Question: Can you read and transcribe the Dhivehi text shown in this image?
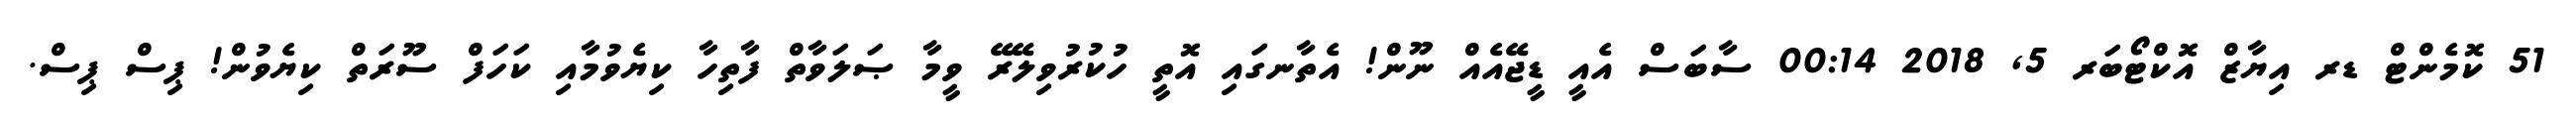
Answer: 51 ކޮމެންޓް ޑރ އިޔާޒް އޮކްޓޯބަރ 5, 2018 00:14 ސާބަސް އެއީ ޑީޖޭއެއް ނޫން! އެތާނގައި އޮތީ ހުކުރުވިލޭރޭ ވީމާ ޞަލަވާތް ފާތިހާ ކިޔެވުމާއި ކަހަފް ސޫރަތް ކިޔެވުން! ޕިސް ޕިސް.